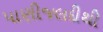
પાણીજલદીથી